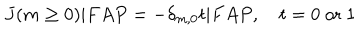
J ( m \ge 0 ) | F A P = - \delta _ { m , 0 } t | F A P , \quad t = 0 \mathrm { ~ o r ~ } 1